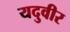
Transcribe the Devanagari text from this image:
यदुवीर